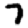
Digit: 7